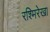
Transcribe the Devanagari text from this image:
रश्मिरेखा